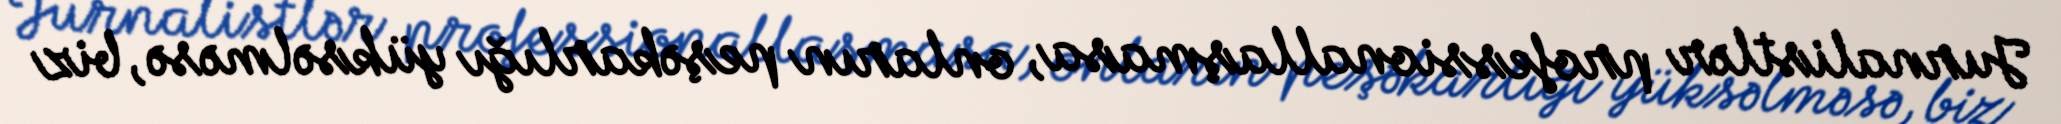
Jurnalistlər professionallaşmasa, onların peşəkarlığı yüksəlməsə, biz